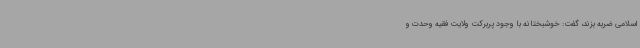
اسلامی ضربه بزند، گفت: خوشبختانه با وجود پربرکت ولایت فقیه وحدت و